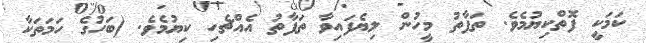
ކަމަކީ ފޮތްކިޔުމެވެ. ތަފާތު މީހުން ލިޔެފައިވާ ތަފާތު އެއްޗެހި ކިޔުމެވެ. (ބަހުގެ ހަމަތަކާ